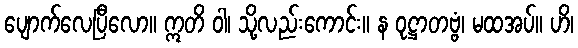
ပျောက်လေပြီလော။ ဣတိ ဝါ၊ သို့လည်းကောင်း။ န ဝုဋ္ဌာတဗ္ဗံ၊ မထအပ်။ ဟိ၊